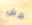
هش